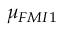
{ \mu } _ { F M I 1 }